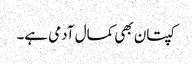
کپتان بھی کمال آدمی ہے۔